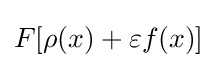
F[\rho (x)+\varepsilon f(x)]